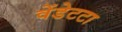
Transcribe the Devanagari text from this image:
वेंडेटटा